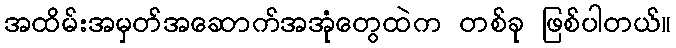
အထိမ်းအမှတ်အဆောက်အအုံတွေထဲက တစ်ခု ဖြစ်ပါတယ်။